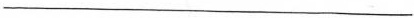
___